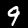
Digit: 9